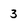
Character: 3